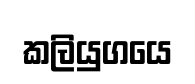
කලියුගයෙ